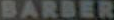
BARBER